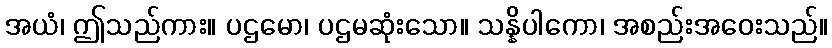
အယံ၊ ဤသည်ကား။ ပဌမော၊ ပဌမဆုံးသော။ သန္နိပါကော၊ အစည်းအဝေးသည်။